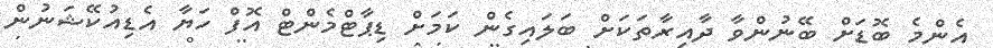
އެންމެ ބޮޑަށް ބޭނުންވާ ދާއިރާތަަކަށް ބަލައިގެން ކަމަށް ޑިޕާޓްމެންޓް އޮފް ހަޔާ އެޑިއުކޭޝަނުން